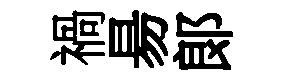
禍昜郞